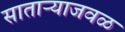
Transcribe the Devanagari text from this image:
साताऱ्याजवळ